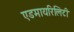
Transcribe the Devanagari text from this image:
एडमायरिलिटी